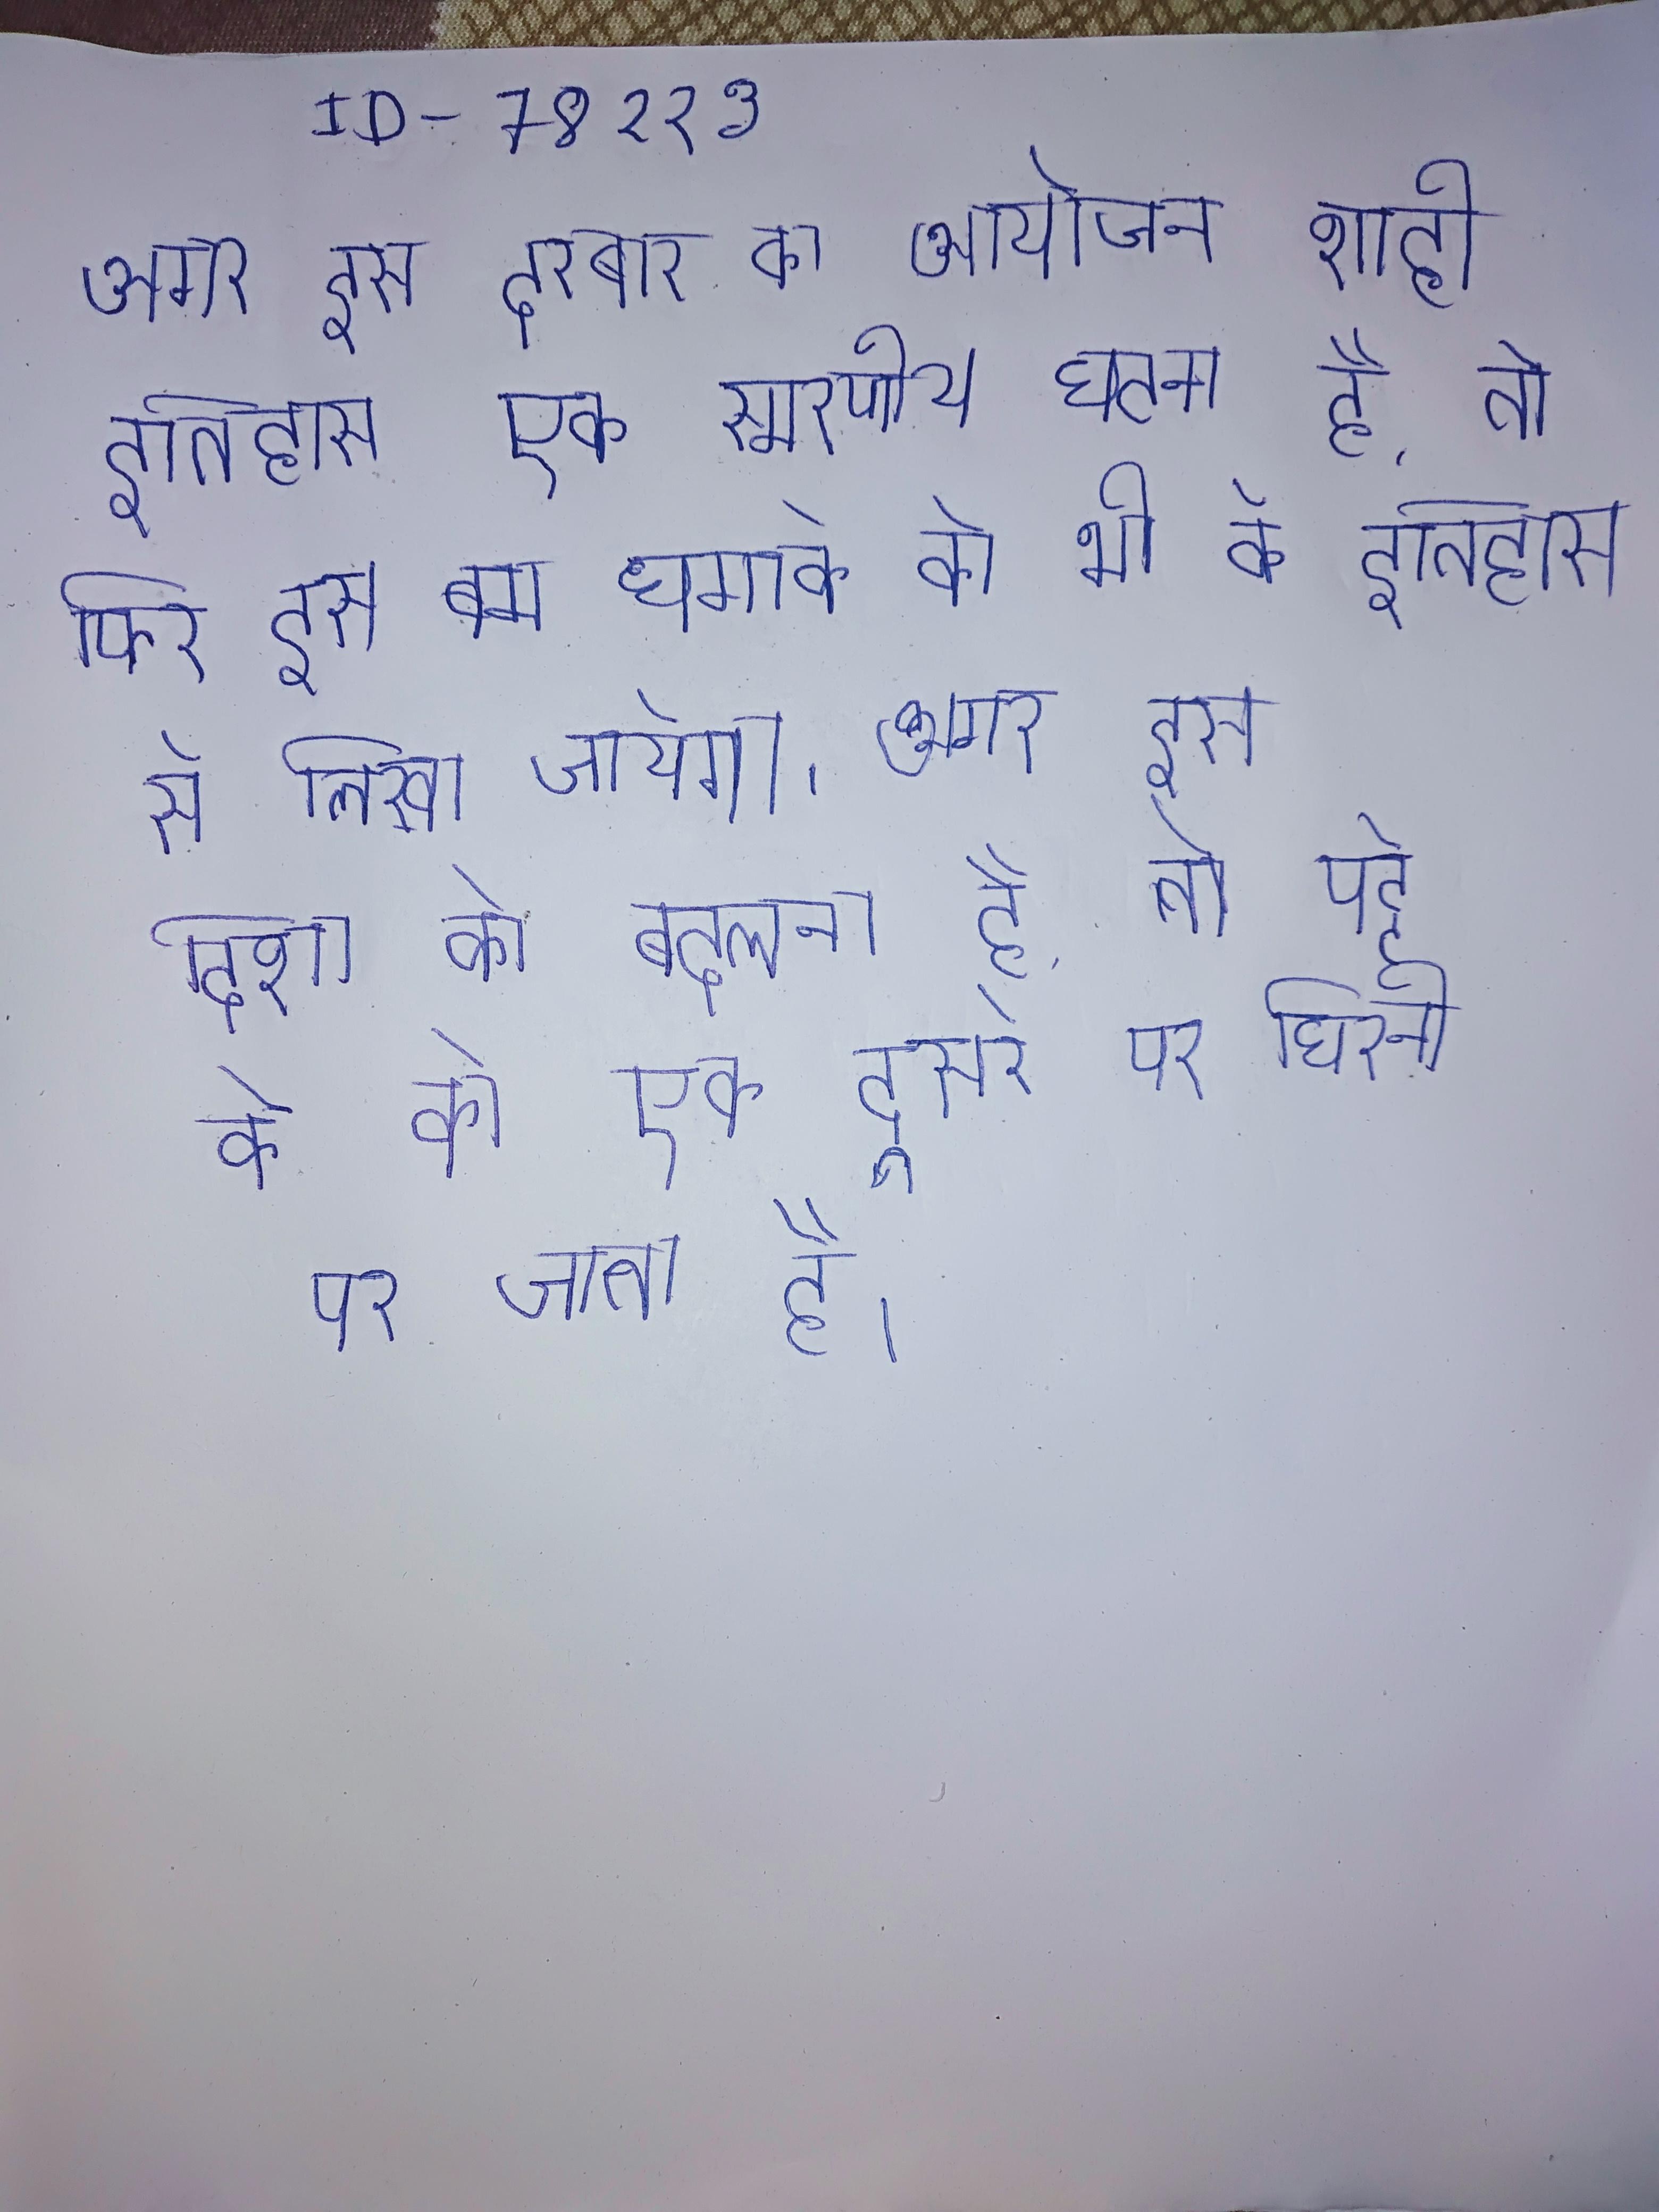
अगर इस दरबार का आयोजन शाही इतिहास एक स्मरणीय घटना है, तो फिर इस बम धमाके को भी के इतिहास से लिखा जायेगा । अगर इस दिशा को बदलना है, तो पट्टे के को एक दूसरे पर घिरनी पर जाता है ।